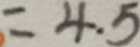
= 4 . 5